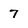
Character: 7